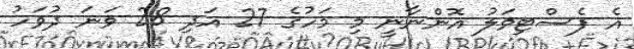
އެ ފެސްޓިވަލު އޮންނާނީ މި މަހުގެ 27 އަދި 28 ވަނަ ދުވަހު